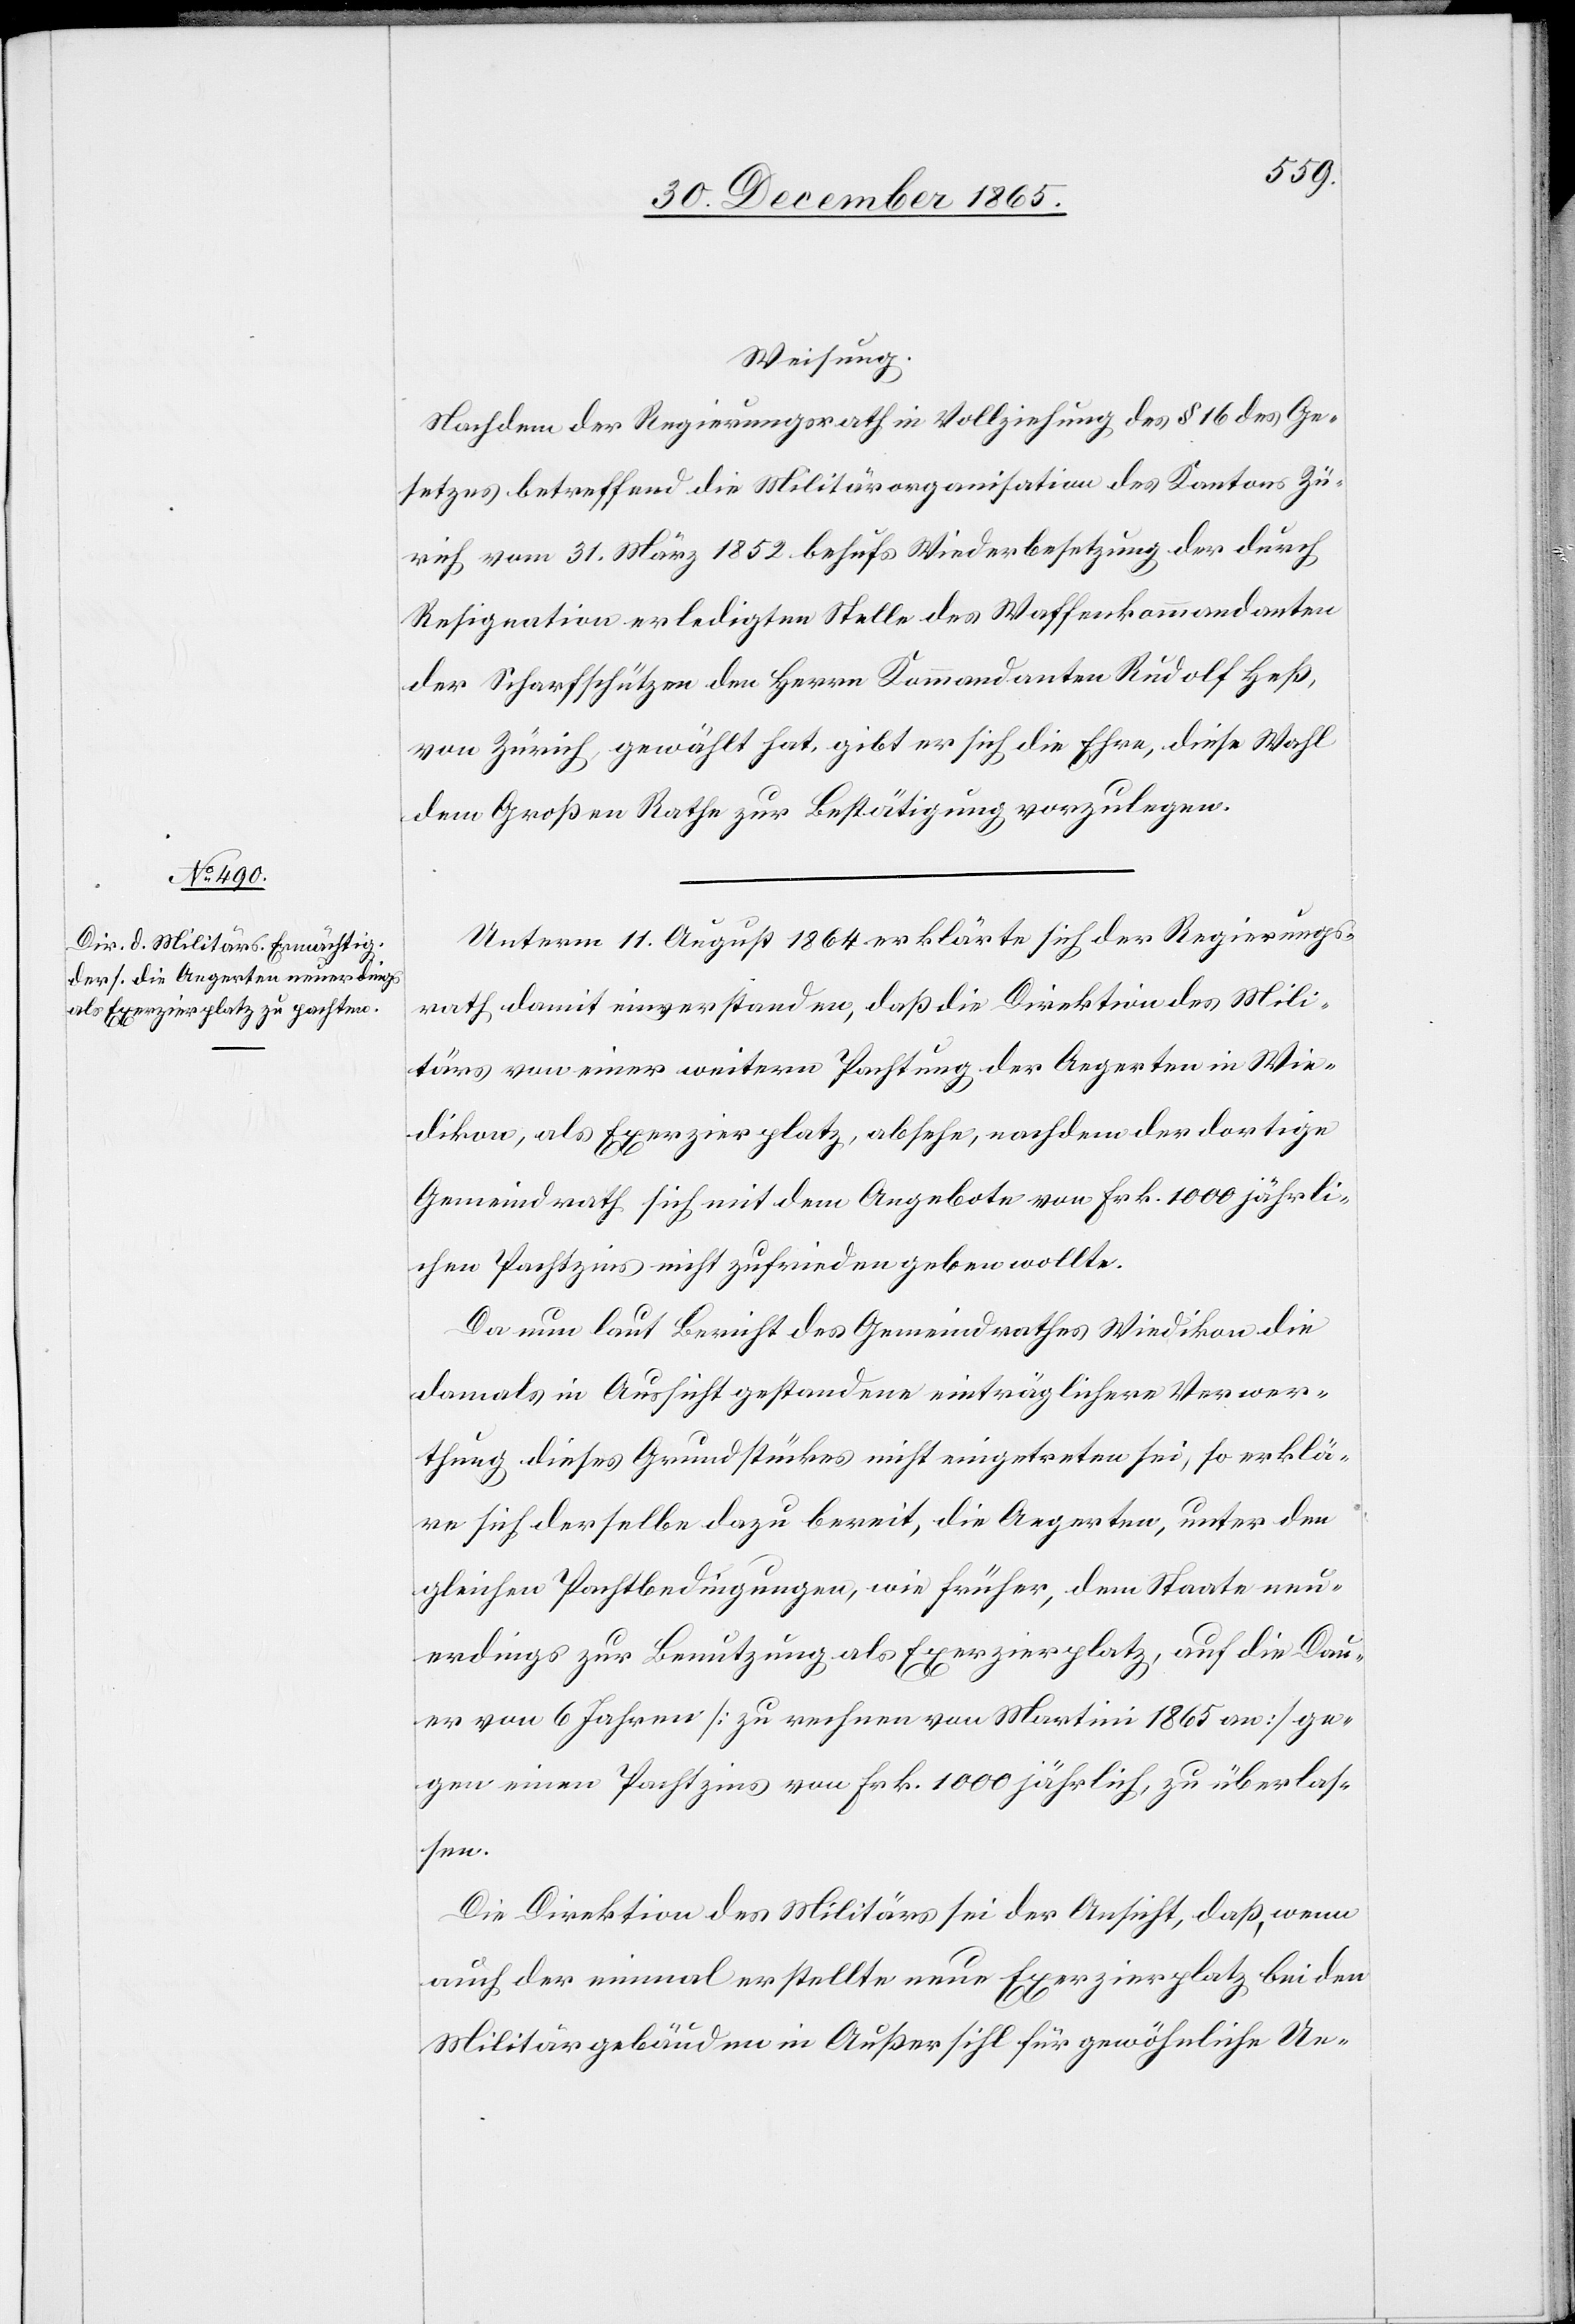
Weisung.
Nachdem der Regierungsrath in Vollziehung des § 16 des Ge¬
setzes betreffend die Militärorganisation des Kantons Zü¬
rich vom 31. März 1852 behufs Wiederbesetzung der durch
Resignation erledigten Stelle des Waffenkommandanten
der Scharfschützen den Herrn Kommandanten Rudolf Heß,
von Zürich, gewählt hat, gibt er sich die Ehre, diese Wahl
dem Großen Rathe zur Bestätigung vorzulegen.
Unterm 11. August 1864 erklärte sich der Regierungs¬
rath damit einverstanden, daß die Direktion des Mili¬
tärs von einer weitern Pachtung der Aegerten in Wie¬
dikon, als Exerzirplatz, absehe, nachdem der dortige
Gemeindrath sich mit dem Angebote von Frk. 1000 jährli¬
chen Pachtzins nicht zufrieden geben wollte.
Da nun laut Bericht des Gemeindrathes Wiedikon die
damals in Aussicht gestandene einträglichere Verwer¬
thung dieses Grundstückes nicht eingetreten sei, so erklä¬
re sich derselbe dazu bereit, die Aegerten, unter den
gleichen Pachtbedingungen, wie früher, dem Staate neu¬
erdings zur Benutzung als Exerzirplatz, auf die Dau¬
er von 6 Jahren [zu rechnen von Martini 1865 an] ge¬
gen einen Pachtzins von Frk. 1000 jährlich, zu überlas¬
sen.
Die Direktion des Militärs sei der Ansicht, daß, wenn
auch der einmal erstellte neue Exerzirplatz bei den
Militärgebäuden in Außersihl für gewöhnliche Ue-